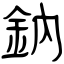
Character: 鈉